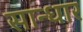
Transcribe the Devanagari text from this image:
सान्धार